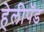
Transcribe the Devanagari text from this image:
हेलीपॅड